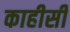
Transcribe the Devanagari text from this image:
काहीसी